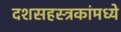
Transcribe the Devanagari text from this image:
दशसहस्त्रकांमध्ये